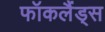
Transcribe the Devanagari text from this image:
फॉकलैंड्स